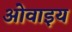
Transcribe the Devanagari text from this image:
ओवाइय